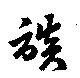
談